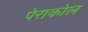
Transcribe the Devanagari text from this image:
पेराकोल